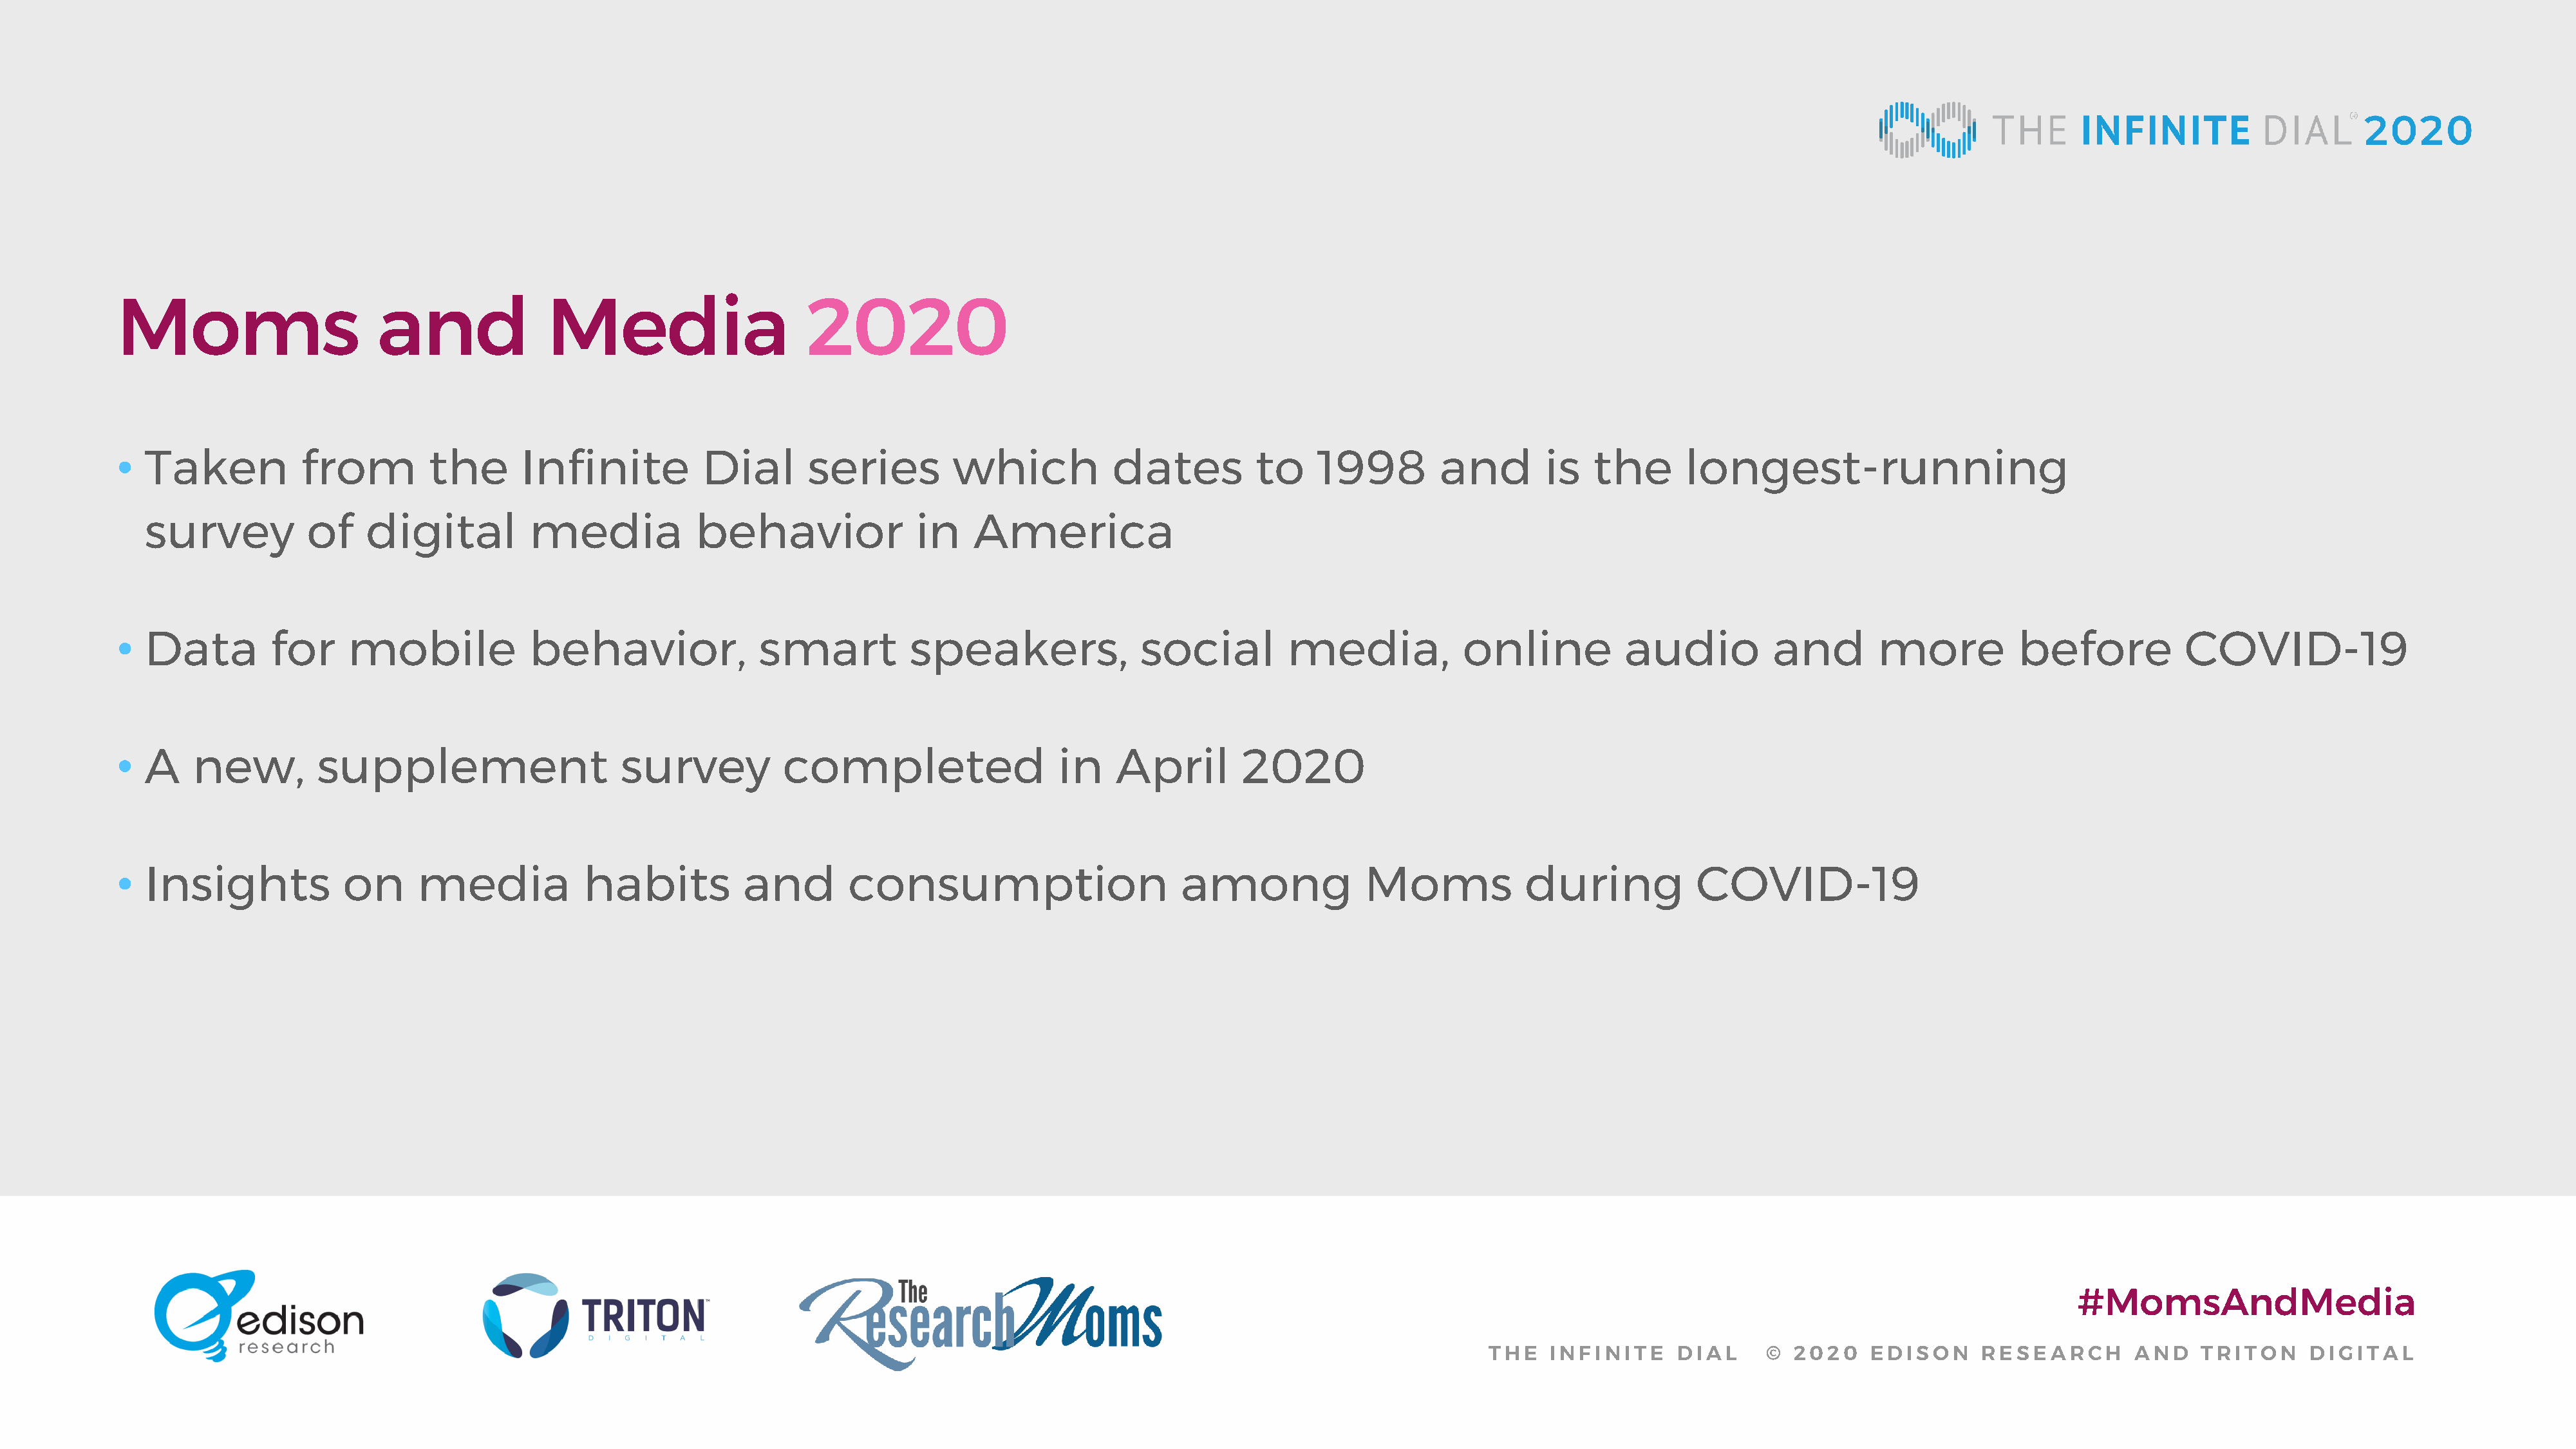
Moms                       and              Media                      2020
 •  Taken           from         the       Infinite          Dial       series         which           dates          to    1998         and        is   the      longest-running
 survey           of    digital         media            behavior               in    America
 •  Data         for     mobile            behavior,               smart          speakers,               social         media,            online           audio          and        more          before            COVID-19
 •  A    new,         supplement                     survey          completed                    in    April        2020
 •  Insights            on      media            habits          and        consumption                       among              Moms             during           COVID-19
 #MomsAndMedia
 THE   INFINITE     DIAL      © 2020    EDISON      RESEARCH       AND    TRITON     DIGITAL